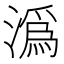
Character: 潙